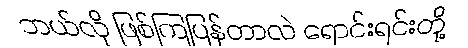
ဘယ်လို ဖြစ်ကြပြန်တာလဲ ရောင်းရင်းတို့